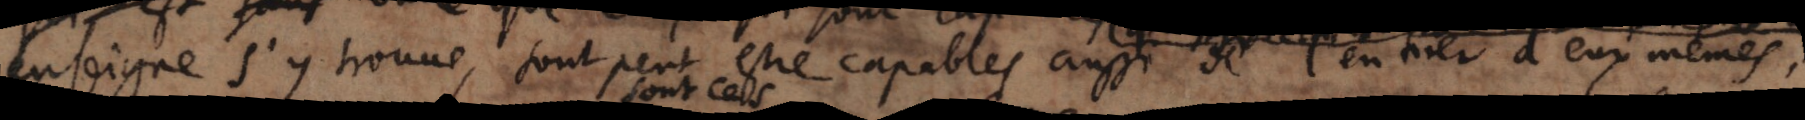
enseigne s’y trouve, sont peut estre capables aussi de l’entirer d’eux memes,